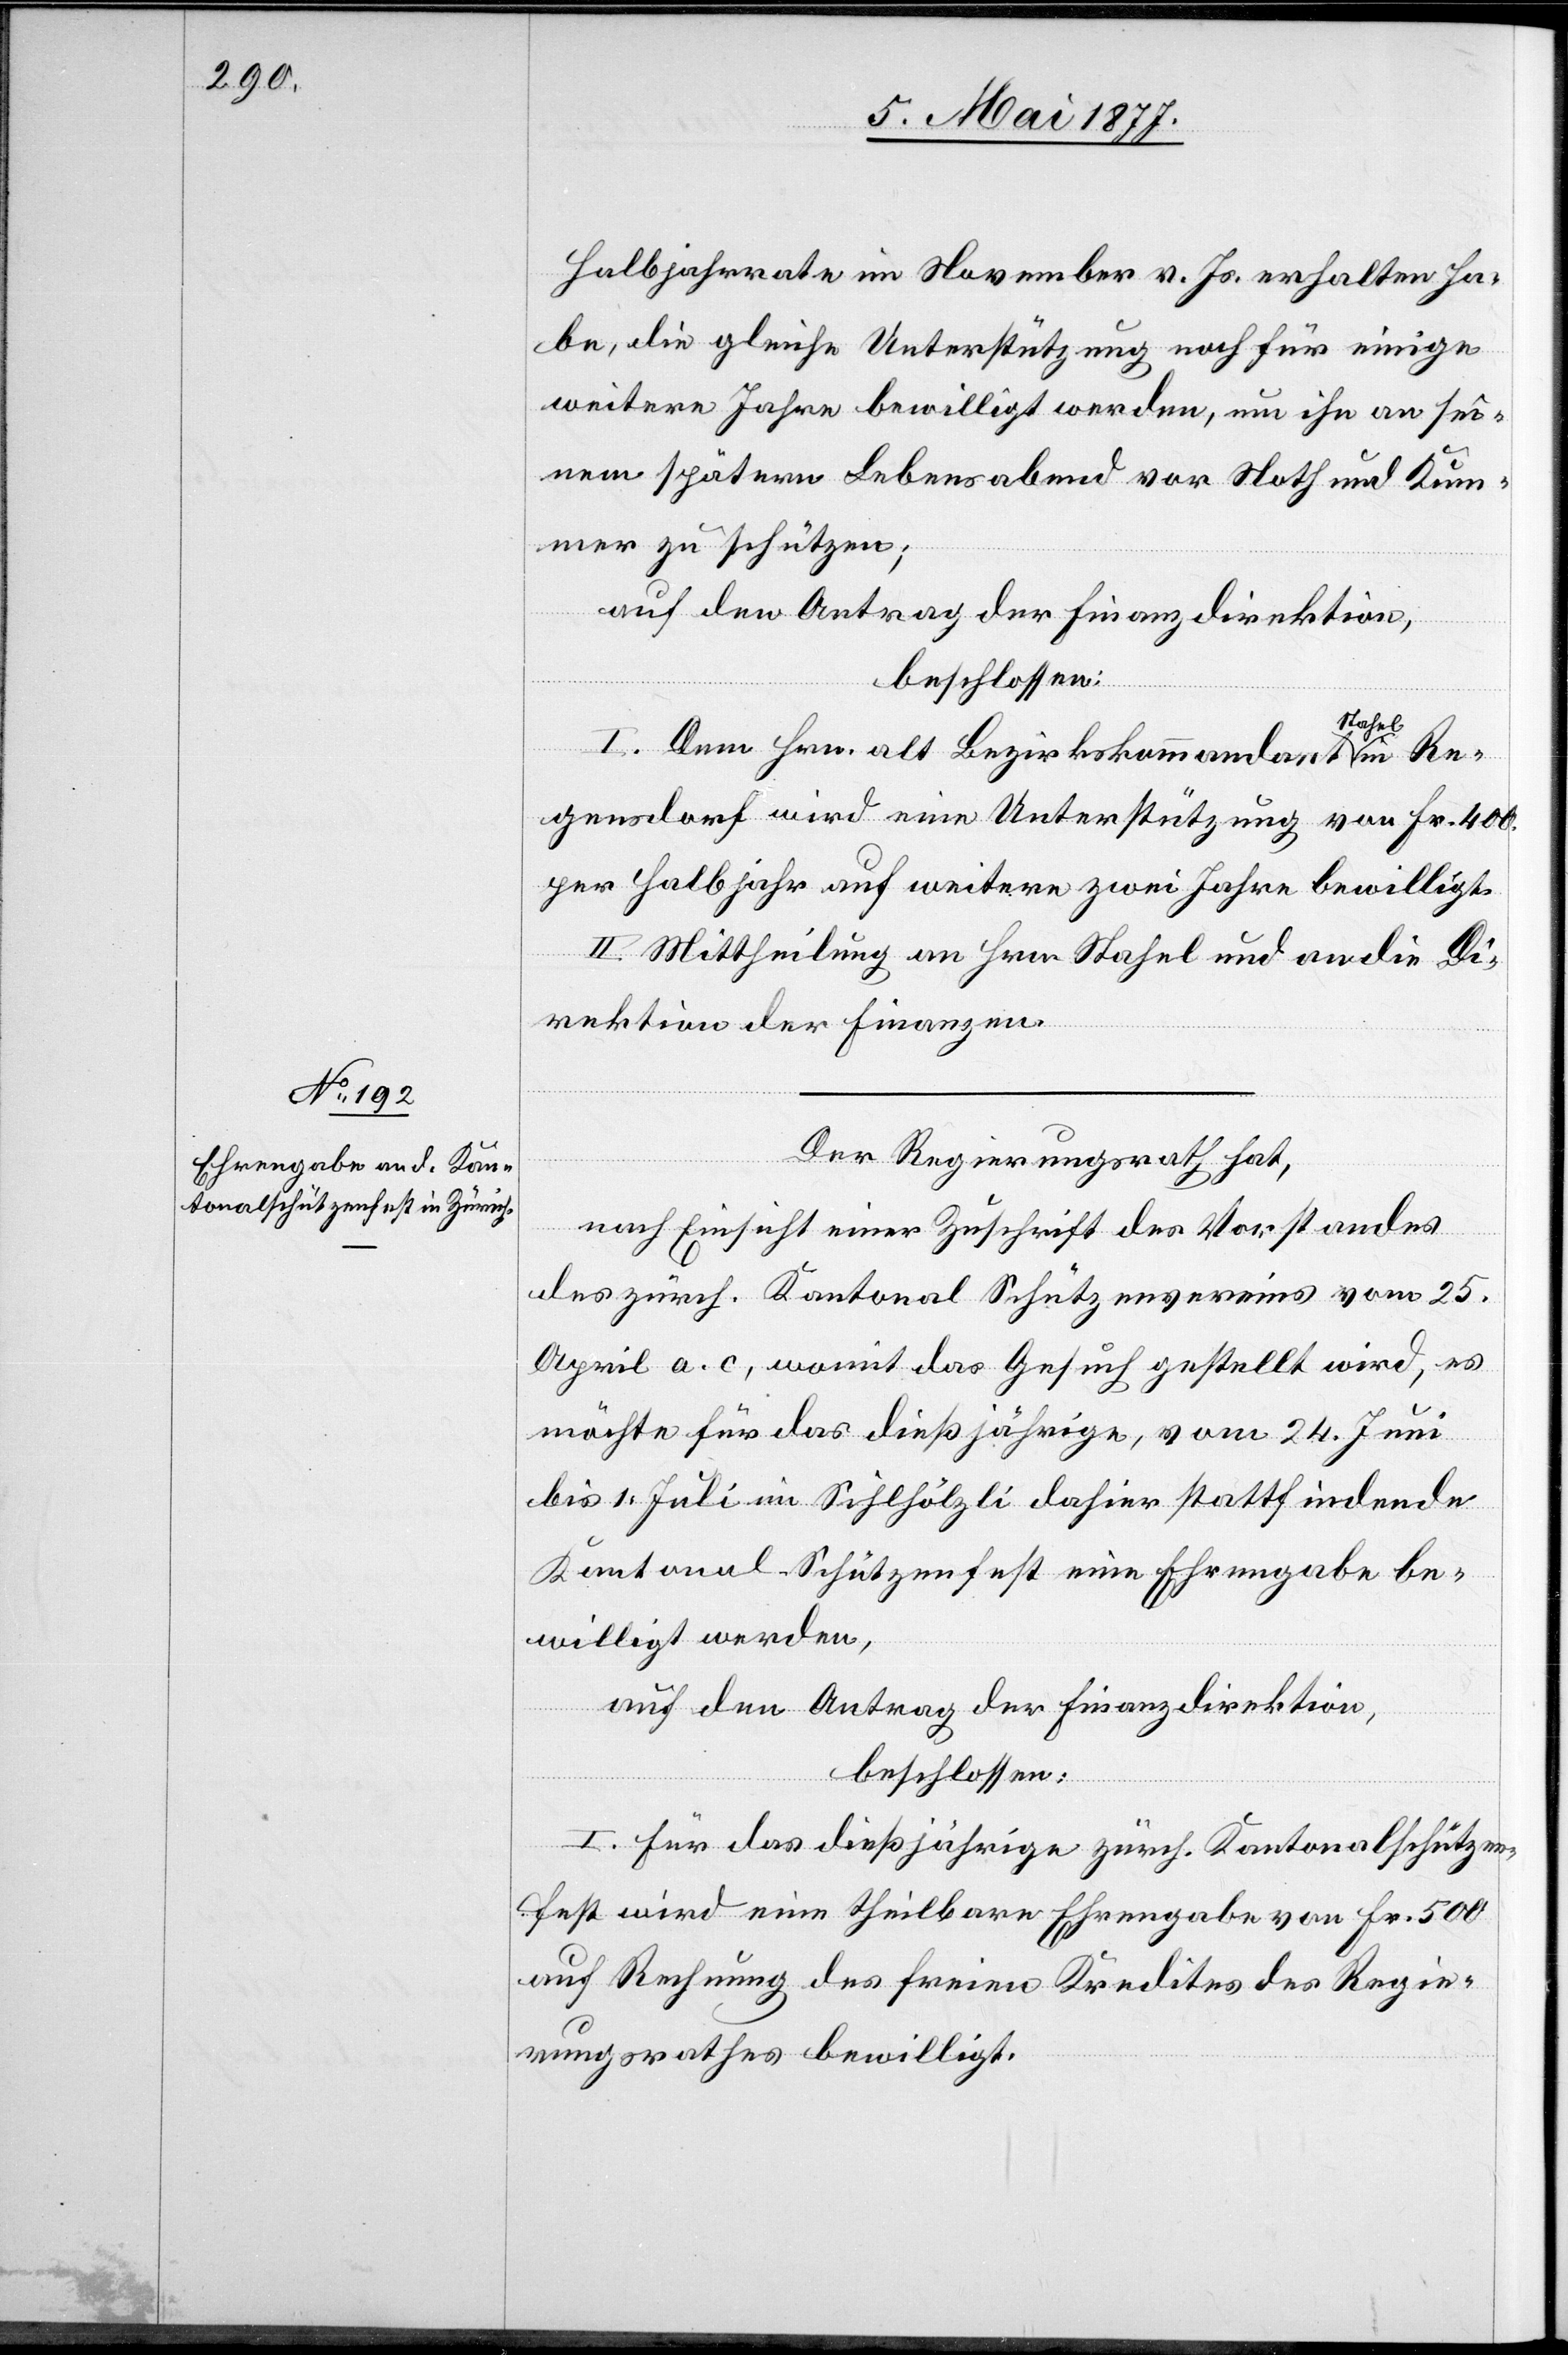
Re¬
Halbjahrrate im November v. Js. erhalten ha¬
be, die gleiche Unterstützung noch für einige
weitere Jahre bewilligt werden, um ihn an sei¬
nem spätern Lebensabend vor Noth und Kum¬
mer zu schützen;
auf den Antrag der Finanzdirektion,
beschlossen:
tahel
I. Dem Hrn. alt Bezirkskommandant S¬
gensdorf wird eine Unterstützung von Frk. 400
per Halbjahr auf weitere zwei Jahre bewilligt.
II. Mittheilung an Hrn. Stahel und an die Di¬
rektion der Finanzen.
Der Regierungsrath hat,
nach Einsicht einer Zuschrift des Vorstandes
des zürch. Kantonal[-]Schützenvereins vom 25.
April a. c., womit das Gesuch gestellt wird, es
möchte für das dießjährige, vom 24. Juni
bis 1. Juli im Sihlhölzli dahier stattfindende
Kantonal-Schützenfest eine Ehrengabe be¬
willigt werden,
auf den Antrag der Finanzdirektion,
beschlossen:
I. Für das dießjährige zürch. Kantonalschützen¬
fest wird eine theilbare Ehrengabe von Fr. 500
auf Rechnung des freien Kredites des Regie¬
rungsrathes bewilligt.